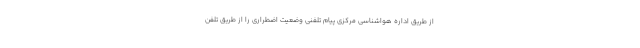
از طریق اداره هواشناسی مرکزی پیام تلفنی وضعیت اضطراری را از طریق تلفن